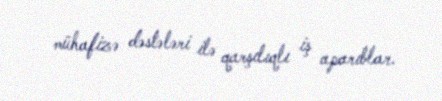
mühafizə dəstələri ilə qarşılıqlı iş aparıblar.